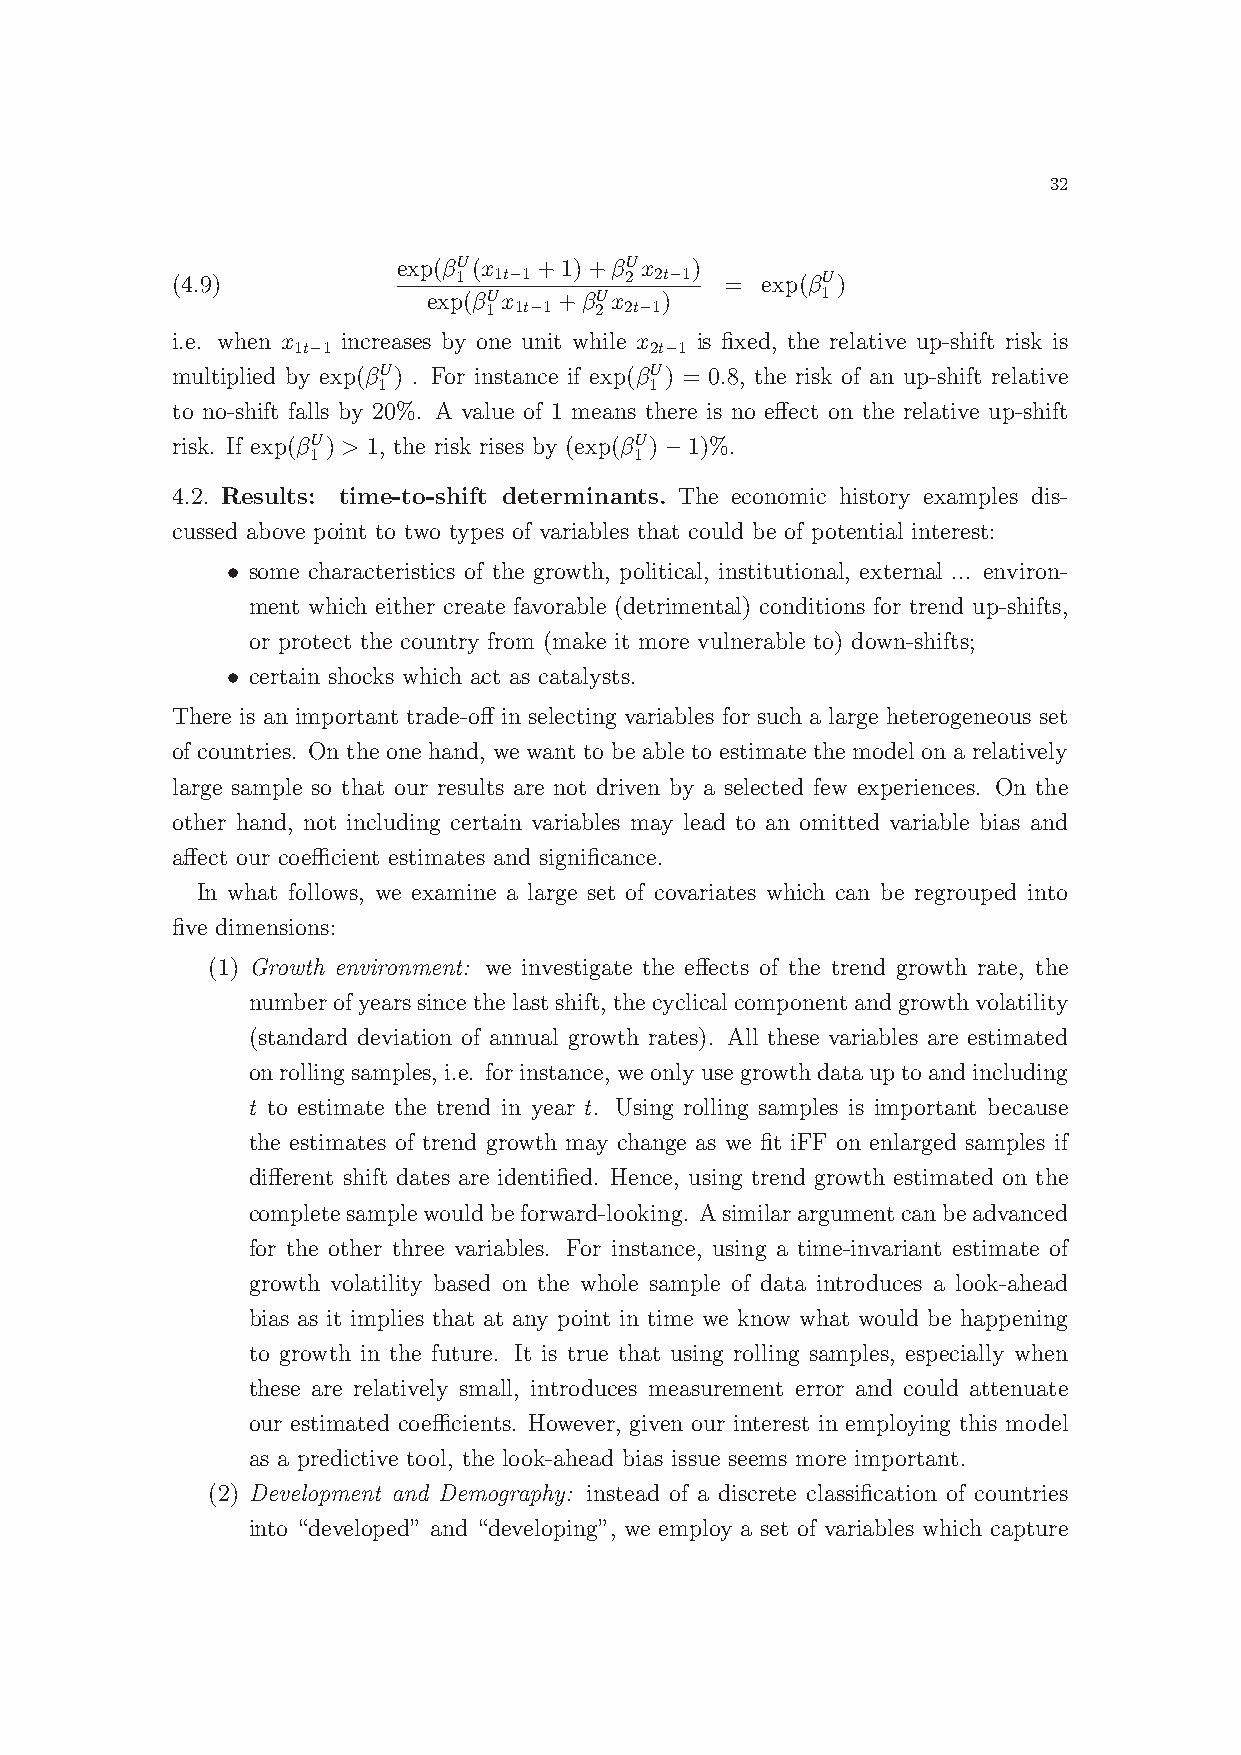
32
 exp(βU(x  +1)+βUx   )
 1  1t−1    2 2t−1       U
 (4.9)                                = exp(β )
 exp(βUx  +βUx   )         1
 1 1t−1 2 2t−1
 i.e. when x increases by one unit while x is fixed, the relative up-shift risk is
 1t−1                    2t−1
 multiplied by exp(βU) . For instance if exp(βU) = 0.8, the risk of an up-shift relative
 1                 1
 to no-shift falls by 20%. A value of 1 means there is no effect on the relative up-shift
 risk. If exp(βU) > 1, the risk rises by (exp(βU)−1)%.
 1                     1
 4.2. Results: time-to-shift determinants. The economic history examples dis-
 cussed above point to two types of variables that could be of potential interest:
 • some characteristics of the growth, political, institutional, external ... environ-
 ment which either create favorable (detrimental) conditions for trend up-shifts,
 or protect the country from (make it more vulnerable to) down-shifts;
 • certain shocks which act as catalysts.
 There is an important trade-off in selecting variables for such a large heterogeneous set
 of countries. On the one hand, we want to be able to estimate the model on a relatively
 large sample so that our results are not driven by a selected few experiences. On the
 other hand, not including certain variables may lead to an omitted variable bias and
 affect our coefficient estimates and significance.
 In what follows, we examine a large set of covariates which can be regrouped into
 five dimensions:
 (1) Growth environment: we investigate the effects of the trend growth rate, the
 numberofyearssincethelastshift, thecyclicalcomponentandgrowthvolatility
 (standard deviation of annual growth rates). All these variables are estimated
 onrollingsamples, i.e. forinstance, weonlyusegrowthdatauptoandincluding
 t to estimate the trend in year t. Using rolling samples is important because
 the estimates of trend growth may change as we fit iFF on enlarged samples if
 different shift dates are identified. Hence, using trend growth estimated on the
 completesamplewouldbeforward-looking. Asimilarargumentcanbeadvanced
 for the other three variables. For instance, using a time-invariant estimate of
 growth volatility based on the whole sample of data introduces a look-ahead
 bias as it implies that at any point in time we know what would be happening
 to growth in the future. It is true that using rolling samples, especially when
 these are relatively small, introduces measurement error and could attenuate
 our estimated coefficients. However, given our interest in employing this model
 as a predictive tool, the look-ahead bias issue seems more important.
 (2) Development and Demography: instead of a discrete classification of countries
 into “developed” and “developing”, we employ a set of variables which capture